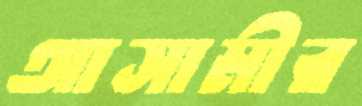
আসামীর